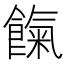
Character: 餼